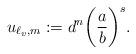
LaTeX: \begin{align*}u_{\ell_v,m} :=d^n\bigg (\frac{a}{b} \bigg)^s.\end{align*}